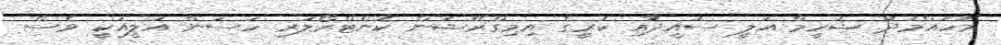
މުހައްމަދު ޝަހީމް އަލީ ސައީދާއި ކުރީގެ އިމިގްރޭޝަން ކޮންޓްރޯލަރ ހަސަން އަލީއަކީ ވެސް